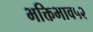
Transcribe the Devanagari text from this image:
भक्तिभाव५२